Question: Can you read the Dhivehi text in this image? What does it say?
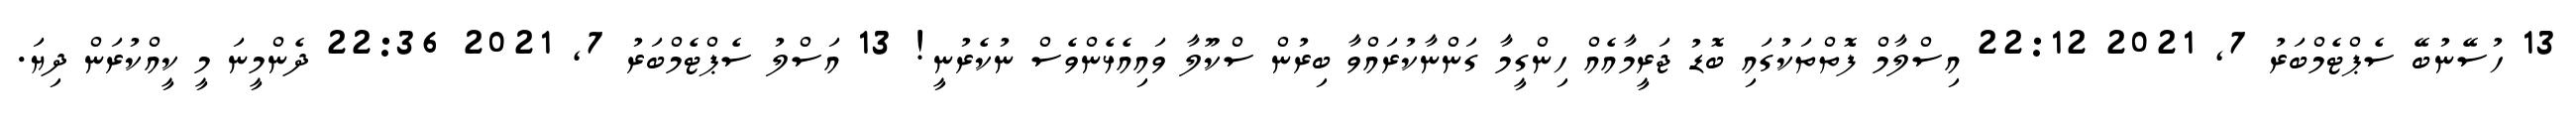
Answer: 13 ހުސޭނުބޭ ސެޕްޓެމްބަރު 7, 2021 22:12 އިސްލާމް ފޮތްތަކުގައި ބޮޑު ޖަރީމާއެއް ހިންގީމާ ގަންނާކުރައްވާ ބިރުން ސްކޫލާ ވައިއެޅެންވެސް ނުކެރުނީ! 13 އަސްލު ސެޕްޓެމްބަރު 7, 2021 22:36 ދެންމީނަ މީ ކީއްކުރަން ދިޔަ.